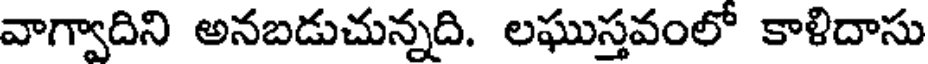
వాగ్వాదిని అనబడుచున్నది. లఘుస్తవంలో కాళిదాసు